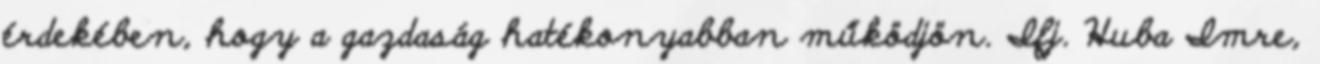
érdekében, hogy a gazdaság hatékonyabban működjön. Ifj. Huba Imre,